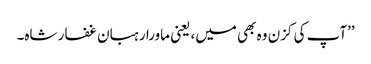
’’آپ کی کزن وہ بھی میں، یعنی ماورا رہبان غفار شاہ۔